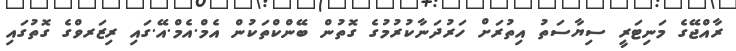
ރާއްޖޭގެ މަނިޓަރީ ސިޔާސަތު އިތުރަށް ހަރުދަނާކުރުމުގެ ގޮތުން ބޭންކްތަކުން އެމް.އެމް.އޭ.ގައި ރިޒަރވްގެ ގޮތުގައި